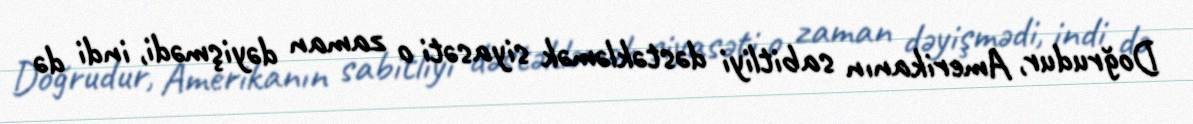
Doğrudur, Amerikanın sabitliyi dəstəkləmək siyasəti o zaman dəyişmədi, indi də